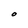
Character: O